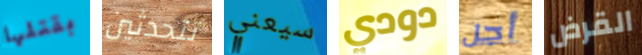
بقتلها تتحدثين سيعني دودي أجل القرض